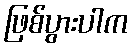
ဖြစ်ပွားပါက